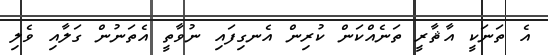
އެ ތަނަކީ އާޘާރީ ތަނެއްކަން ކުރިން އެނގިފައި ނުވާތީ އެތަނުން ގަލާއި ވެލި